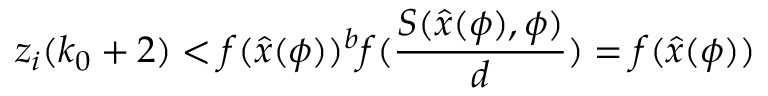
z _ { i } ( k _ { 0 } + 2 ) < f ( \hat { x } ( \phi ) ) ^ { b } f ( \frac { S ( \hat { x } ( \phi ) , \phi ) } { d } ) = f ( \hat { x } ( \phi ) )